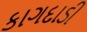
કાગદાડી